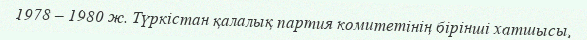
1978 – 1980 ж. Түркістан қалалық партия комитетінің бірінші хатшысы,